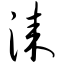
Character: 漆